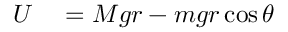
\begin{array} { r l } { U } & { { } = M g r - m g r \cos { \theta } } \end{array}